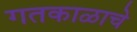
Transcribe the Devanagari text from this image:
गतकाळाचे